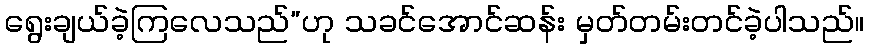
ရွေးချယ်ခဲ့ကြလေသည်”ဟု သခင်အောင်ဆန်း မှတ်တမ်းတင်ခဲ့ပါသည်။